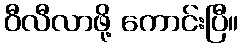
ဝီလီလာဖို့ ကောင်းပြီ။